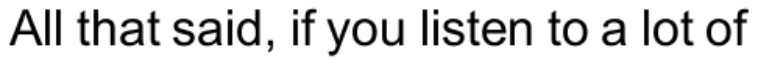
All that said, if you listen to a lot of